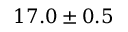
1 7 . 0 \pm 0 . 5